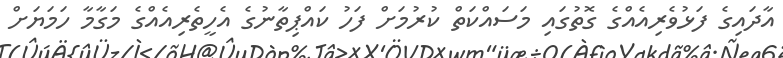
އާދައިގެ ފަޅުވެރިއެއްގެ ގޮތުގައި މަސައްކަތް ކުރުމަށް ފަހު ކައްޕިތާނުގެ އެހީތެރިއެއްގެ މަގާމާ ހަމަޔަށް